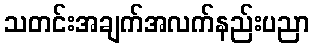
သတင်းအချက်အလက်နည်းပညာ